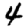
Digit: 4